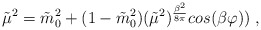
\begin{align*}\tilde{\mu}^2=\tilde{m}_0^2+(1-\tilde{m}_0^2)(\tilde{\mu}^2)^ {{\frac {\beta^2}{8\pi}}}cos(\beta\varphi)) \;,\end{align*}